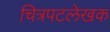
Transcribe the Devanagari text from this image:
चित्रपटलेखक